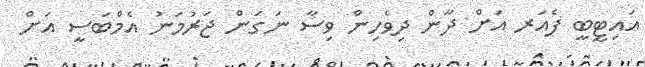
އައިޓީބީ ފެއަރ އަށް ދާން ދިވެހިން ވިސާ ނަގަން ޖަރުމަނު އެމްބަސީ އަށް